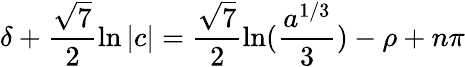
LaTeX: \delta+\frac{\sqrt 7}{2}\ln|c|=\frac{\sqrt 7}2\ln(\frac{a^{1/3}}3)-\rho+n\pi